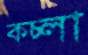
কচ্‌লা